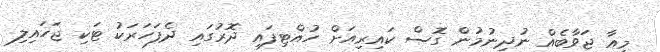
މިއާ ޖަވާބެއް ނުދިނުމުން ގޮސް ކައިރިއަށް ހުއްޓިފައި ދޮރުގައި ދެފަހަރަކު ޓަކި ޖަހައިލި